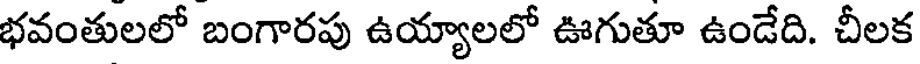
భవంతులలో బంగారపు ఉయ్యాలలో ఊగుతూ ఉండేది. చీలక